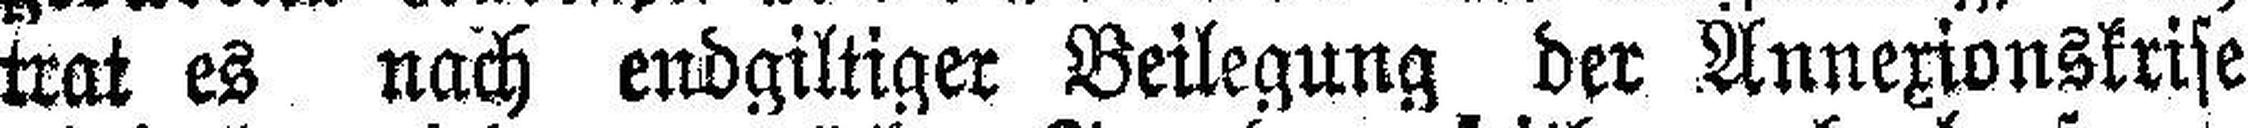
trat es nach endgiltiger Beilegung der Annexionskrise